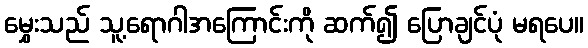
မွှေးသည် သူ့ရောဂါအကြောင်းကို ဆက်၍ ပြောချင်ပုံ မရပေ။